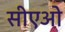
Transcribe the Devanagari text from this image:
सीएओ